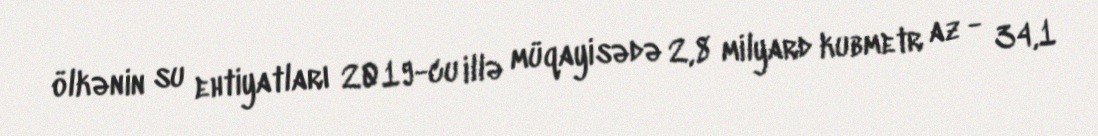
ölkənin su ehtiyatları 2019-cu illə müqayisədə 2,8 milyard kubmetr az - 34,1